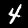
Digit: 4